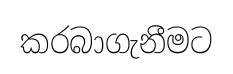
කරබාගැනීමට